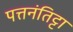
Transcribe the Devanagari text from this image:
पत्तनंतिट्टा